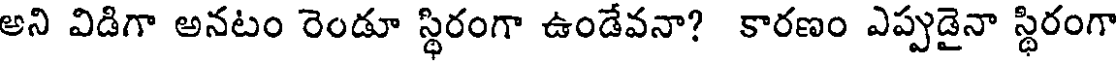
అని విడిగా అనటం రెండూ స్థిరంగా ఉండేవనా? కారణం ఎప్పుడైనా స్థిరంగా